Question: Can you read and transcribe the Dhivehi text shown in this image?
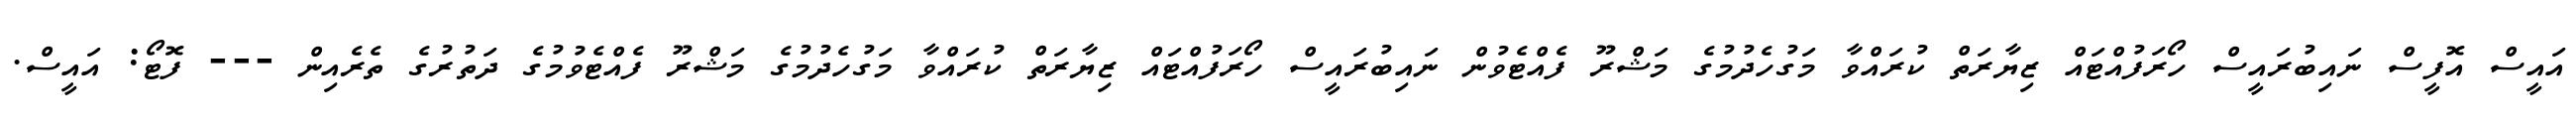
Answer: އައީސް އޮފީސް ނައިބުރައީސް ހޯރަފުއްޓައް ޒިޔާރަތް ކުރައްވާ މަގުހެދުމުގެ މަޝްރޫ ފެއްޓެވުން ނައިބުރައީސް ހޯރަފުއްޓައް ޒިޔާރަތް ކުރައްވާ މަގުހެދުމުގެ މަޝްރޫ ފެއްޓެވުމުގެ ދަތުރުގެ ތެރެއިން --- ފޮޓޯ: އައީސް.